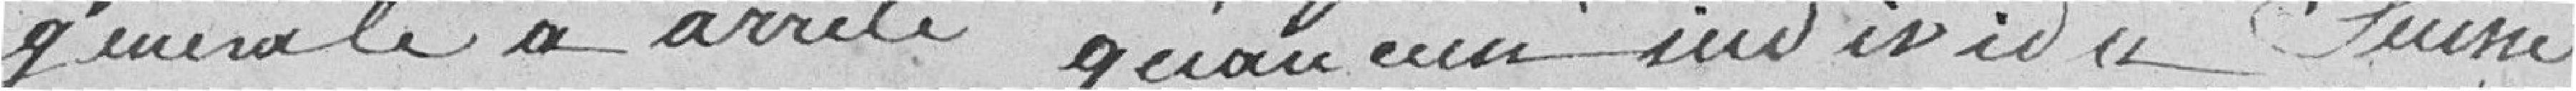
générale a arrêté qu'aucun individu Suisse